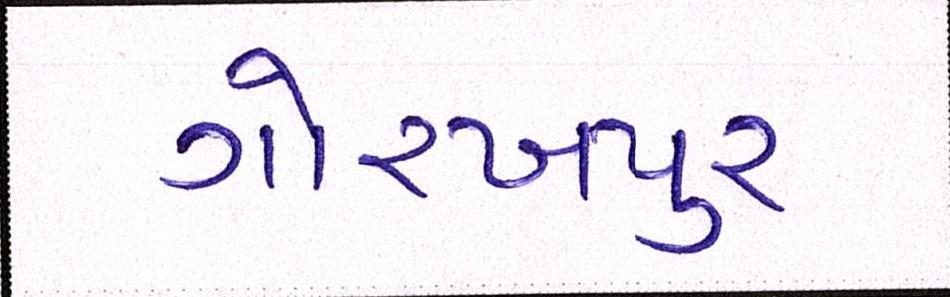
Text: ગોરખપુરઃ